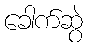
ခေါက်ဆွဲ